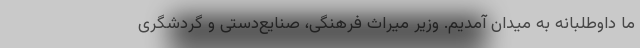
ما داوطلبانه به میدان آمدیم. وزیر میراث فرهنگی، صنایع‌دستی و گردشگری